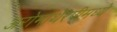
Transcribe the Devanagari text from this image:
अरोमाथेरपीमध्ये